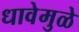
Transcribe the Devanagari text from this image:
धावेमुळे